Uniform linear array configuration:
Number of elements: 12
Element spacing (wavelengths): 0.25
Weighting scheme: kaiser
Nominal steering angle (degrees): -60
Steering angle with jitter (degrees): -58.254
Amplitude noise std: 0.05
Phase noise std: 0.05

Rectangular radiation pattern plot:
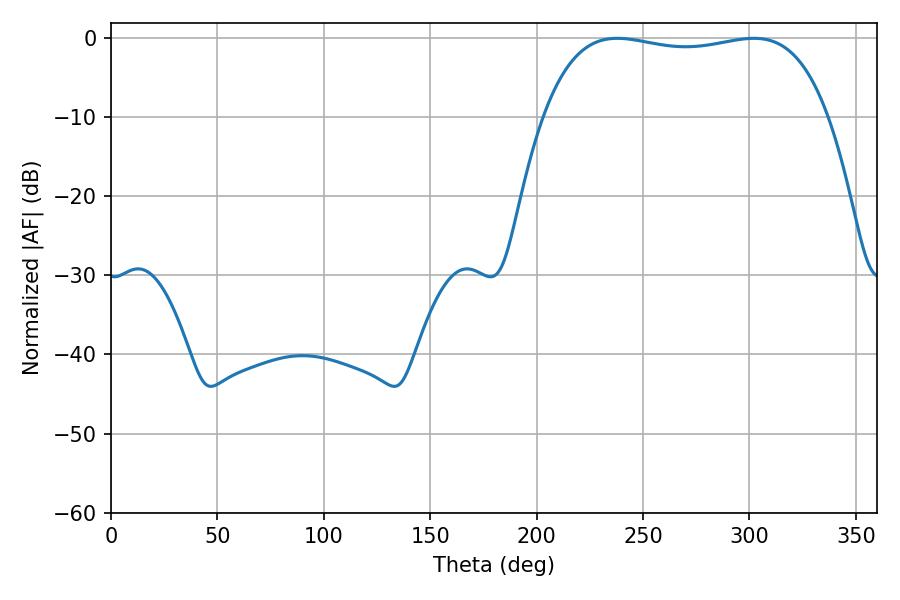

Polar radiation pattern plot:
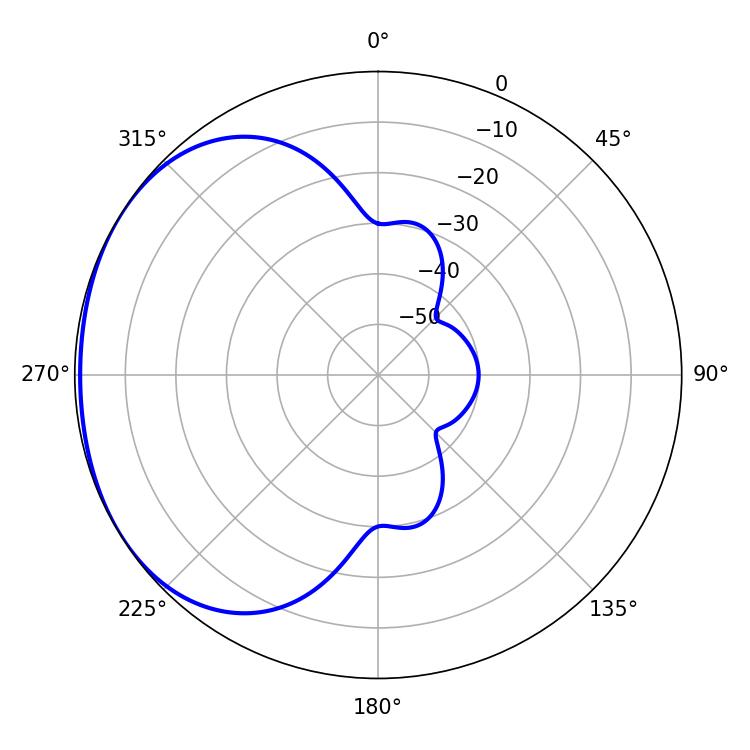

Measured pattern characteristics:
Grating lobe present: FALSE
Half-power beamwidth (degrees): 107.28
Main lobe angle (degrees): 237.96